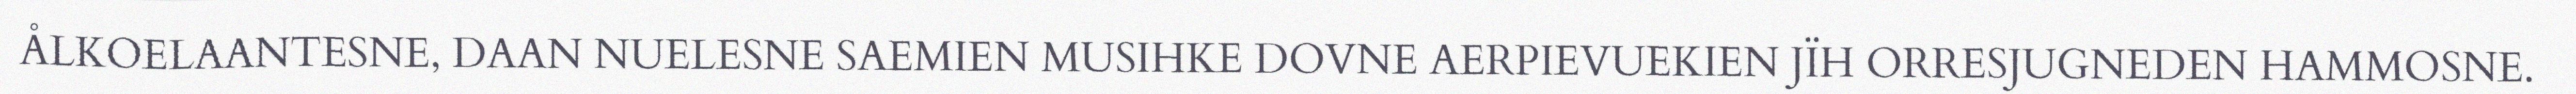
ÅLKOELAANTESNE, DAAN NUELESNE SAEMIEN MUSIHKE DOVNE AERPIEVUEKIEN JÏH ORRESJUGNEDEN HAMMOSNE.